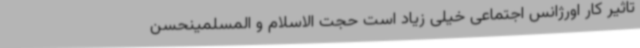
تاثیر کار اورژانس اجتماعی خیلی زیاد است حجت الاسلام و المسلمینحسن